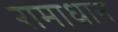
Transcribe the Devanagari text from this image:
रामाधान